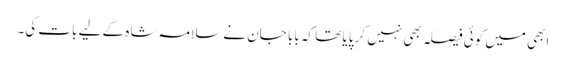
ابھی میں کوئی فیصلہ بھی نہیں کر پایا تھا کہ بابا جان نے سلامہ شاہ کے لیے بات کی۔